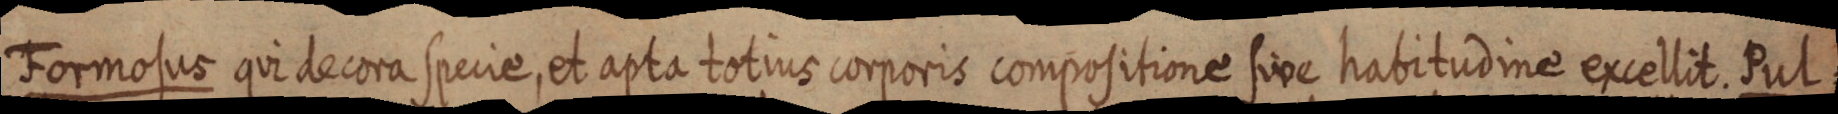
Formosus qui decora specie, et apta totius corporis compositione sive habitudine excellit. Pul